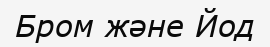
Бром және Йод